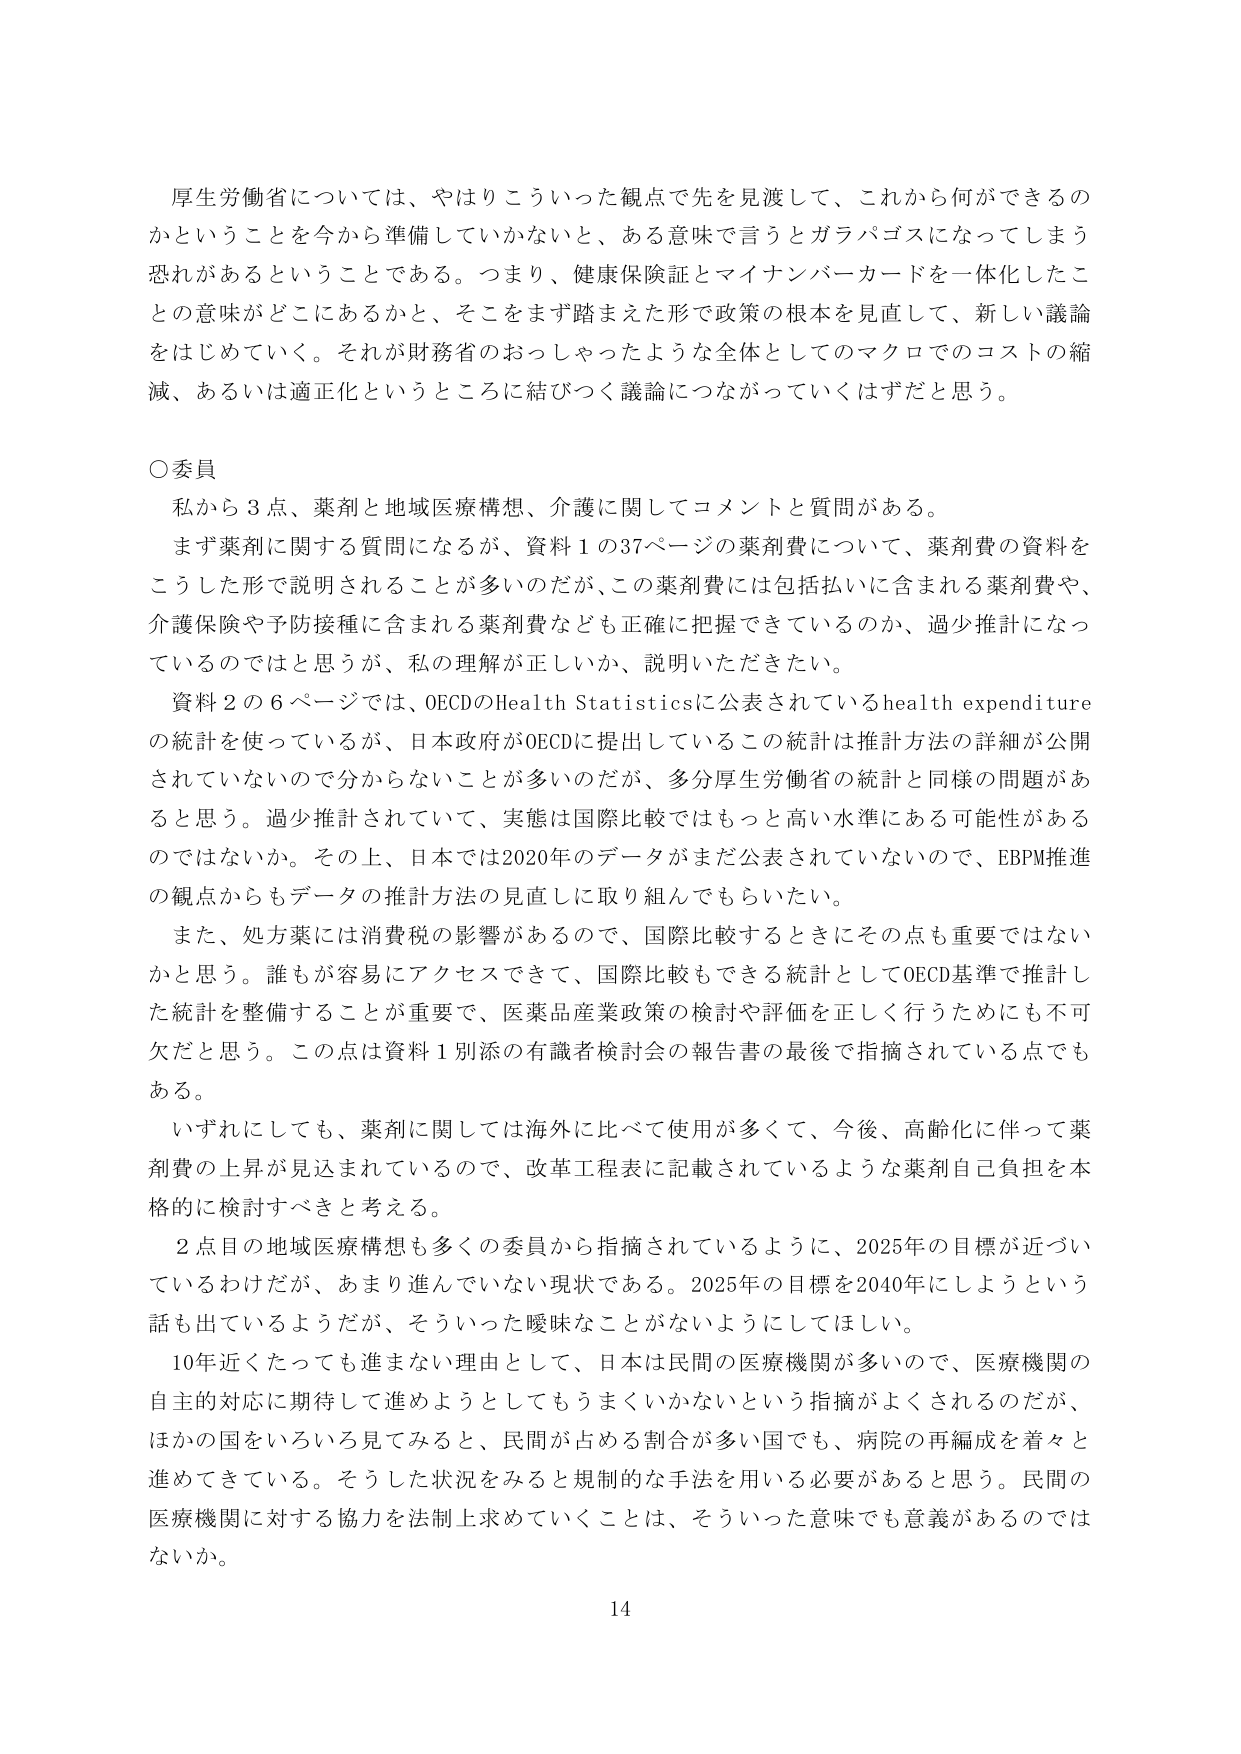
厚生労働省については、やはりこういった観点で先を見渡して、これから何ができるのかということを今から準備していかないと、ある意味で言うとガラパゴスになってしまう恐れがあるということである。つまり、健康保険証とマイナンバーカードを一体化したことの意味がどこにあるかと、そこをまず踏まえた形で政策の根本を見直して、新しい議論をはじめていく。それが財務省のおっしゃったような全体としてのマクロでのコストの縮減、あるいは適正化というところに結びつく議論につながっていくはずだと思う。

○委員
私から３点、薬剤と地域医療構想、介護に関してコメントと質問がある。
まず薬剤に関する質問になるが、資料１の37ページの薬剤費について、薬剤費の資料をこうした形で説明されることが多いのだが、この薬剤費には包括払いに含まれる薬剤費や、介護保険や予防接種に含まれる薬剤費なども正確に把握できているのか、過少推計になっているのではと思うが、私の理解が正しいか、説明いただきたい。
資料２の６ページでは、OECDのHealth Statisticsに公表されているhealth expenditureの統計を使っているが、日本政府がOECDに提出しているこの統計は推計方法の詳細が公開されていないので分からないことが多いのだが、多分厚生労働省の統計と同様の問題があると思う。過少推計されていて、実態は国際比較ではもっと高い水準にある可能性があるのではないか。その上、日本では2020年のデータがまだ公表されていないので、EBPM推進の観点からもデータの推計方法の見直しに取り組んでもらいたい。
また、処方薬には消費税の影響があるので、国際比較するときにその点も重要ではないかと思う。誰もが容易にアクセスできて、国際比較もできる統計としてOECD基準で推計した統計を整備することが重要で、医薬品産業政策の検討や評価を正しく行うためにも不可欠だと思う。この点は資料１別添の有識者検討会の報告書の最後で指摘されている点でもある。
いずれにしても、薬剤に関しては海外に比べて使用が多くて、今後、高齢化に伴って薬剤費の上昇が見込まれているので、改革工程表に記載されているような薬剤自己負担を本格的に検討すべきと考える。
２点目の地域医療構想は多くの委員から指摘されているように、2025年の目標が近づいているわけだが、あまり進んでいない現状である。2025年の目標を2040年にしようという話も出ているようだが、そういった曖昧なことがないようにしてほしい。
10年近くたっても進まない理由として、日本は民間の医療機関が多いので、医療機関の自主的対応に期待して進めようとしてもうまくいかないという指摘がよくされるのだが、ほかの国をいろいろ見てみると、民間が占める割合が多い国でも、病院の再編成を着々と進めてきている。そうした状況をみると規制的な手法を用いる必要があると思う。民間の医療機関に対する協力を法制上求めていくことは、そういった意味でも意義があるのではないか。

14